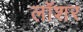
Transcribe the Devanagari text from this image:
लॉशर